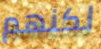
لكنهم